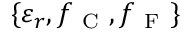
\{ \varepsilon _ { r } , f _ { \mathrm { ~ C ~ } } , f _ { \mathrm { ~ F ~ } } \}